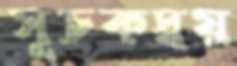
সূচকদ্বয়